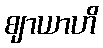
ဈာယာဟိ